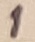
Text: 1